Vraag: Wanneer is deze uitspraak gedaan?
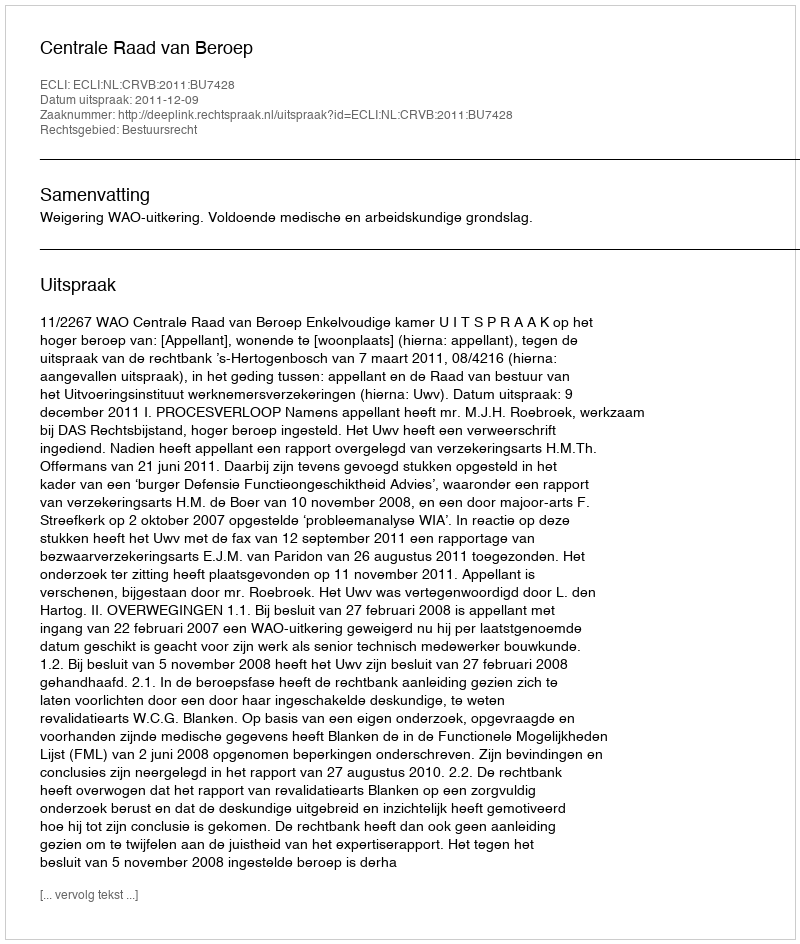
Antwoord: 2011-12-09